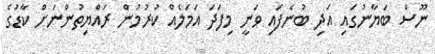
ނޫސް ބަޔާނުގައި އަދި ބުނެފައި ވަނީ މިފަދަ އަމަލެއް ކުރުމުން ރައްޔިތުންނަށް ކާޑުގެ